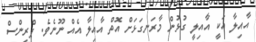
އާއިލާ އަކީ އާއިލީ ގުޅުން މާރަނގަޅަށް އޮތް އާއިލާ އެއް ނޫނެވެ. ޕްރިންސް